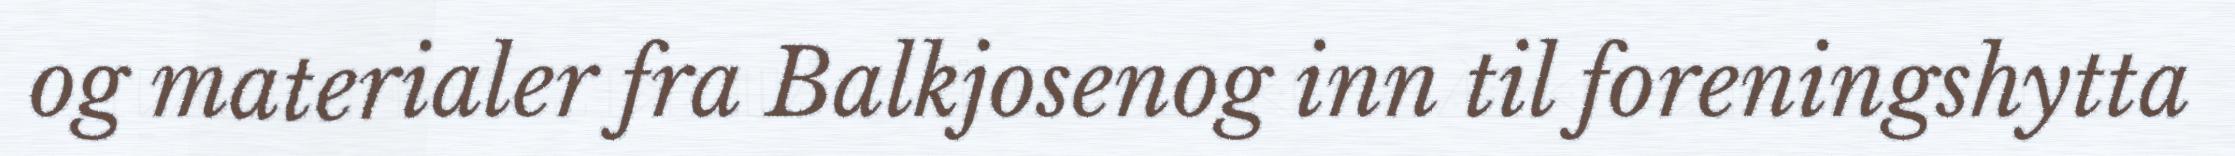
og materialer fra Balkjosenog inn til foreningshytta